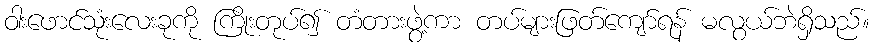
ဝါးဖောင်သုံးလေးခုကို ကြိုးတုပ်၍ တံတားဖွဲ့ကာ တပ်များဖြတ်ကျော်ရန် မလွယ်ဘဲရှိသည်။